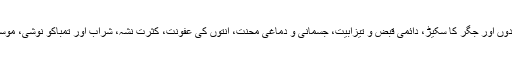
بلڈ پریشر بڑھانے والے عوامل :ہائی بلڈپریشر میں عموماً جو اسباب ممدومعاون ثابت ہوتے ہیں وہ گردوں اور جگر کا سکیڑ، دائمی قبض و تیزابیت، جسمانی و دماغی محنت، آنتوں کی عفونت، کثرتِ نشہ، شراب اور تمباکو نوشی، موسم وماحول کی تبدیلی اور ہر ایسی علامت جس سے خون میں سے رطوبات کی کمی واقع ہو جاتی ہے۔